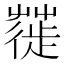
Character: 𦹼